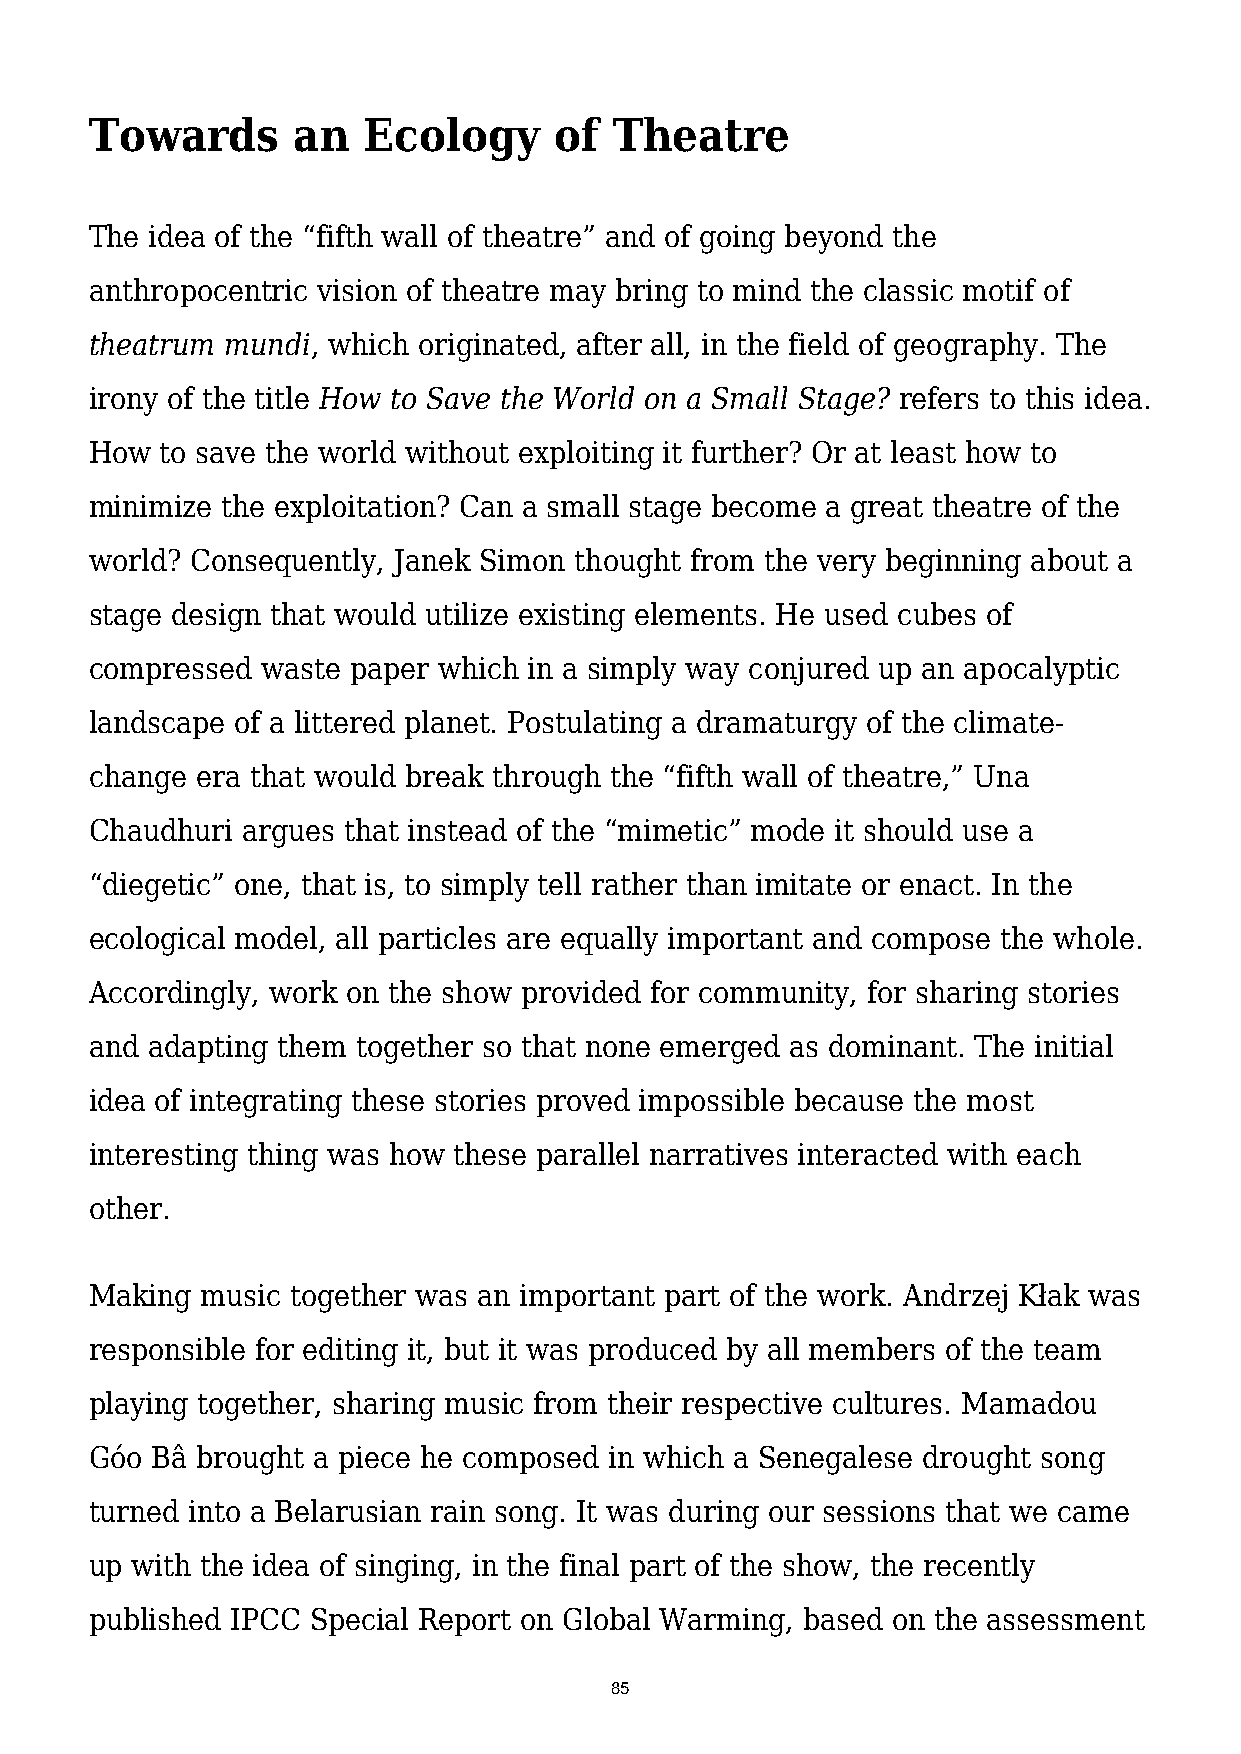
Towards      an   Ecology      of  Theatre
 The idea of the “fifth wall of theatre” and of going beyond the
 anthropocentric vision of theatre may bring to mind the classic motif of
 theatrum mundi, which originated, after all, in the field of geography. The
 irony of the title How to Save the World on a Small Stage? refers to this idea.
 How  to save the world without exploiting it further? Or at least how to
 minimize the exploitation? Can a small stage become a great theatre of the
 world? Consequently, Janek Simon thought from the very beginning about a
 stage design that would utilize existing elements. He used cubes of
 compressed waste paper which in a simply way conjured up an apocalyptic
 landscape of a littered planet. Postulating a dramaturgy of the climate-
 change era that would break through the “fifth wall of theatre,” Una
 Chaudhuri argues that instead of the “mimetic” mode it should use a
 “diegetic” one, that is, to simply tell rather than imitate or enact. In the
 ecological model, all particles are equally important and compose the whole.
 Accordingly, work on the show provided for community, for sharing stories
 and adapting them together so that none emerged as dominant. The initial
 idea of integrating these stories proved impossible because the most
 interesting thing was how these parallel narratives interacted with each
 other.
 Making music together was an important part of the work. Andrzej Kłak was
 responsible for editing it, but it was produced by all members of the team
 playing together, sharing music from their respective cultures. Mamadou
 Góo Bâ brought a piece he composed in which a Senegalese drought song
 turned into a Belarusian rain song. It was during our sessions that we came
 up with the idea of singing, in the final part of the show, the recently
 published IPCC Special Report on Global Warming, based on the assessment
 85